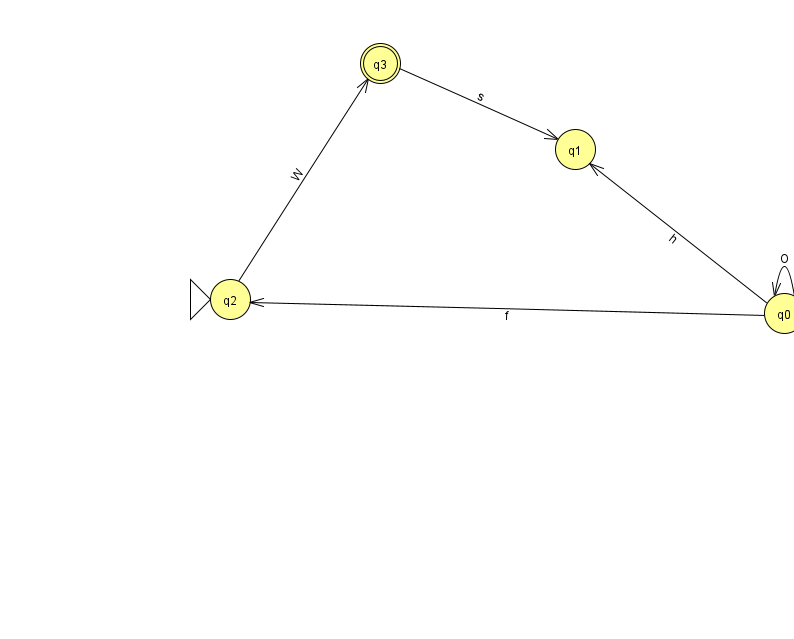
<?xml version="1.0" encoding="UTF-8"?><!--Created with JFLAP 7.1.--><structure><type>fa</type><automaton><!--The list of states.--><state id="0" name="q0"><x>784.0</x><y>300.0</y></state><state id="1" name="q1"><x>575.0</x><y>136.0</y></state><state id="2" name="q2"><x>230.0</x><y>286.0</y><initial/></state><state id="3" name="q3"><x>380.0</x><y>50.0</y><final/></state><!--The list of transitions.--><transition><from>3</from><to>1</to><read>s</read></transition><transition><from>0</from><to>2</to><read>f</read></transition><transition><from>2</from><to>3</to><read>W</read></transition><transition><from>0</from><to>1</to><read>h</read></transition><transition><from>0</from><to>0</to><read>O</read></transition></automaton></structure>